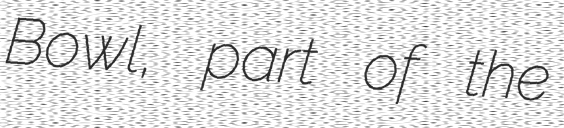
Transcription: Bowl, part of the